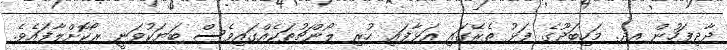
ދާދިފަހުން އދ. މަހިބަދޫގެ ފަޅު ތެރޭގައި އަޅާފައި ހުރި ލޯންޗުތަކެއްގައިވެސް ބަޔަކުވަނީ ރޯކޮށްލާފައެވެ.